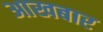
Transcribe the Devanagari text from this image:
आखबार